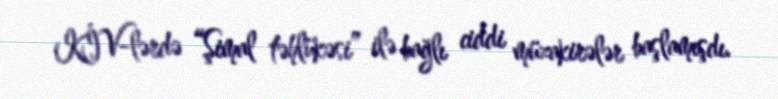
KİV-lərdə “Şimal təhlükəsi” ilə bağlı ciddi müzakirələr başlamışdı.